Vabadussoja_Ajaloo_Komitee, lk 32
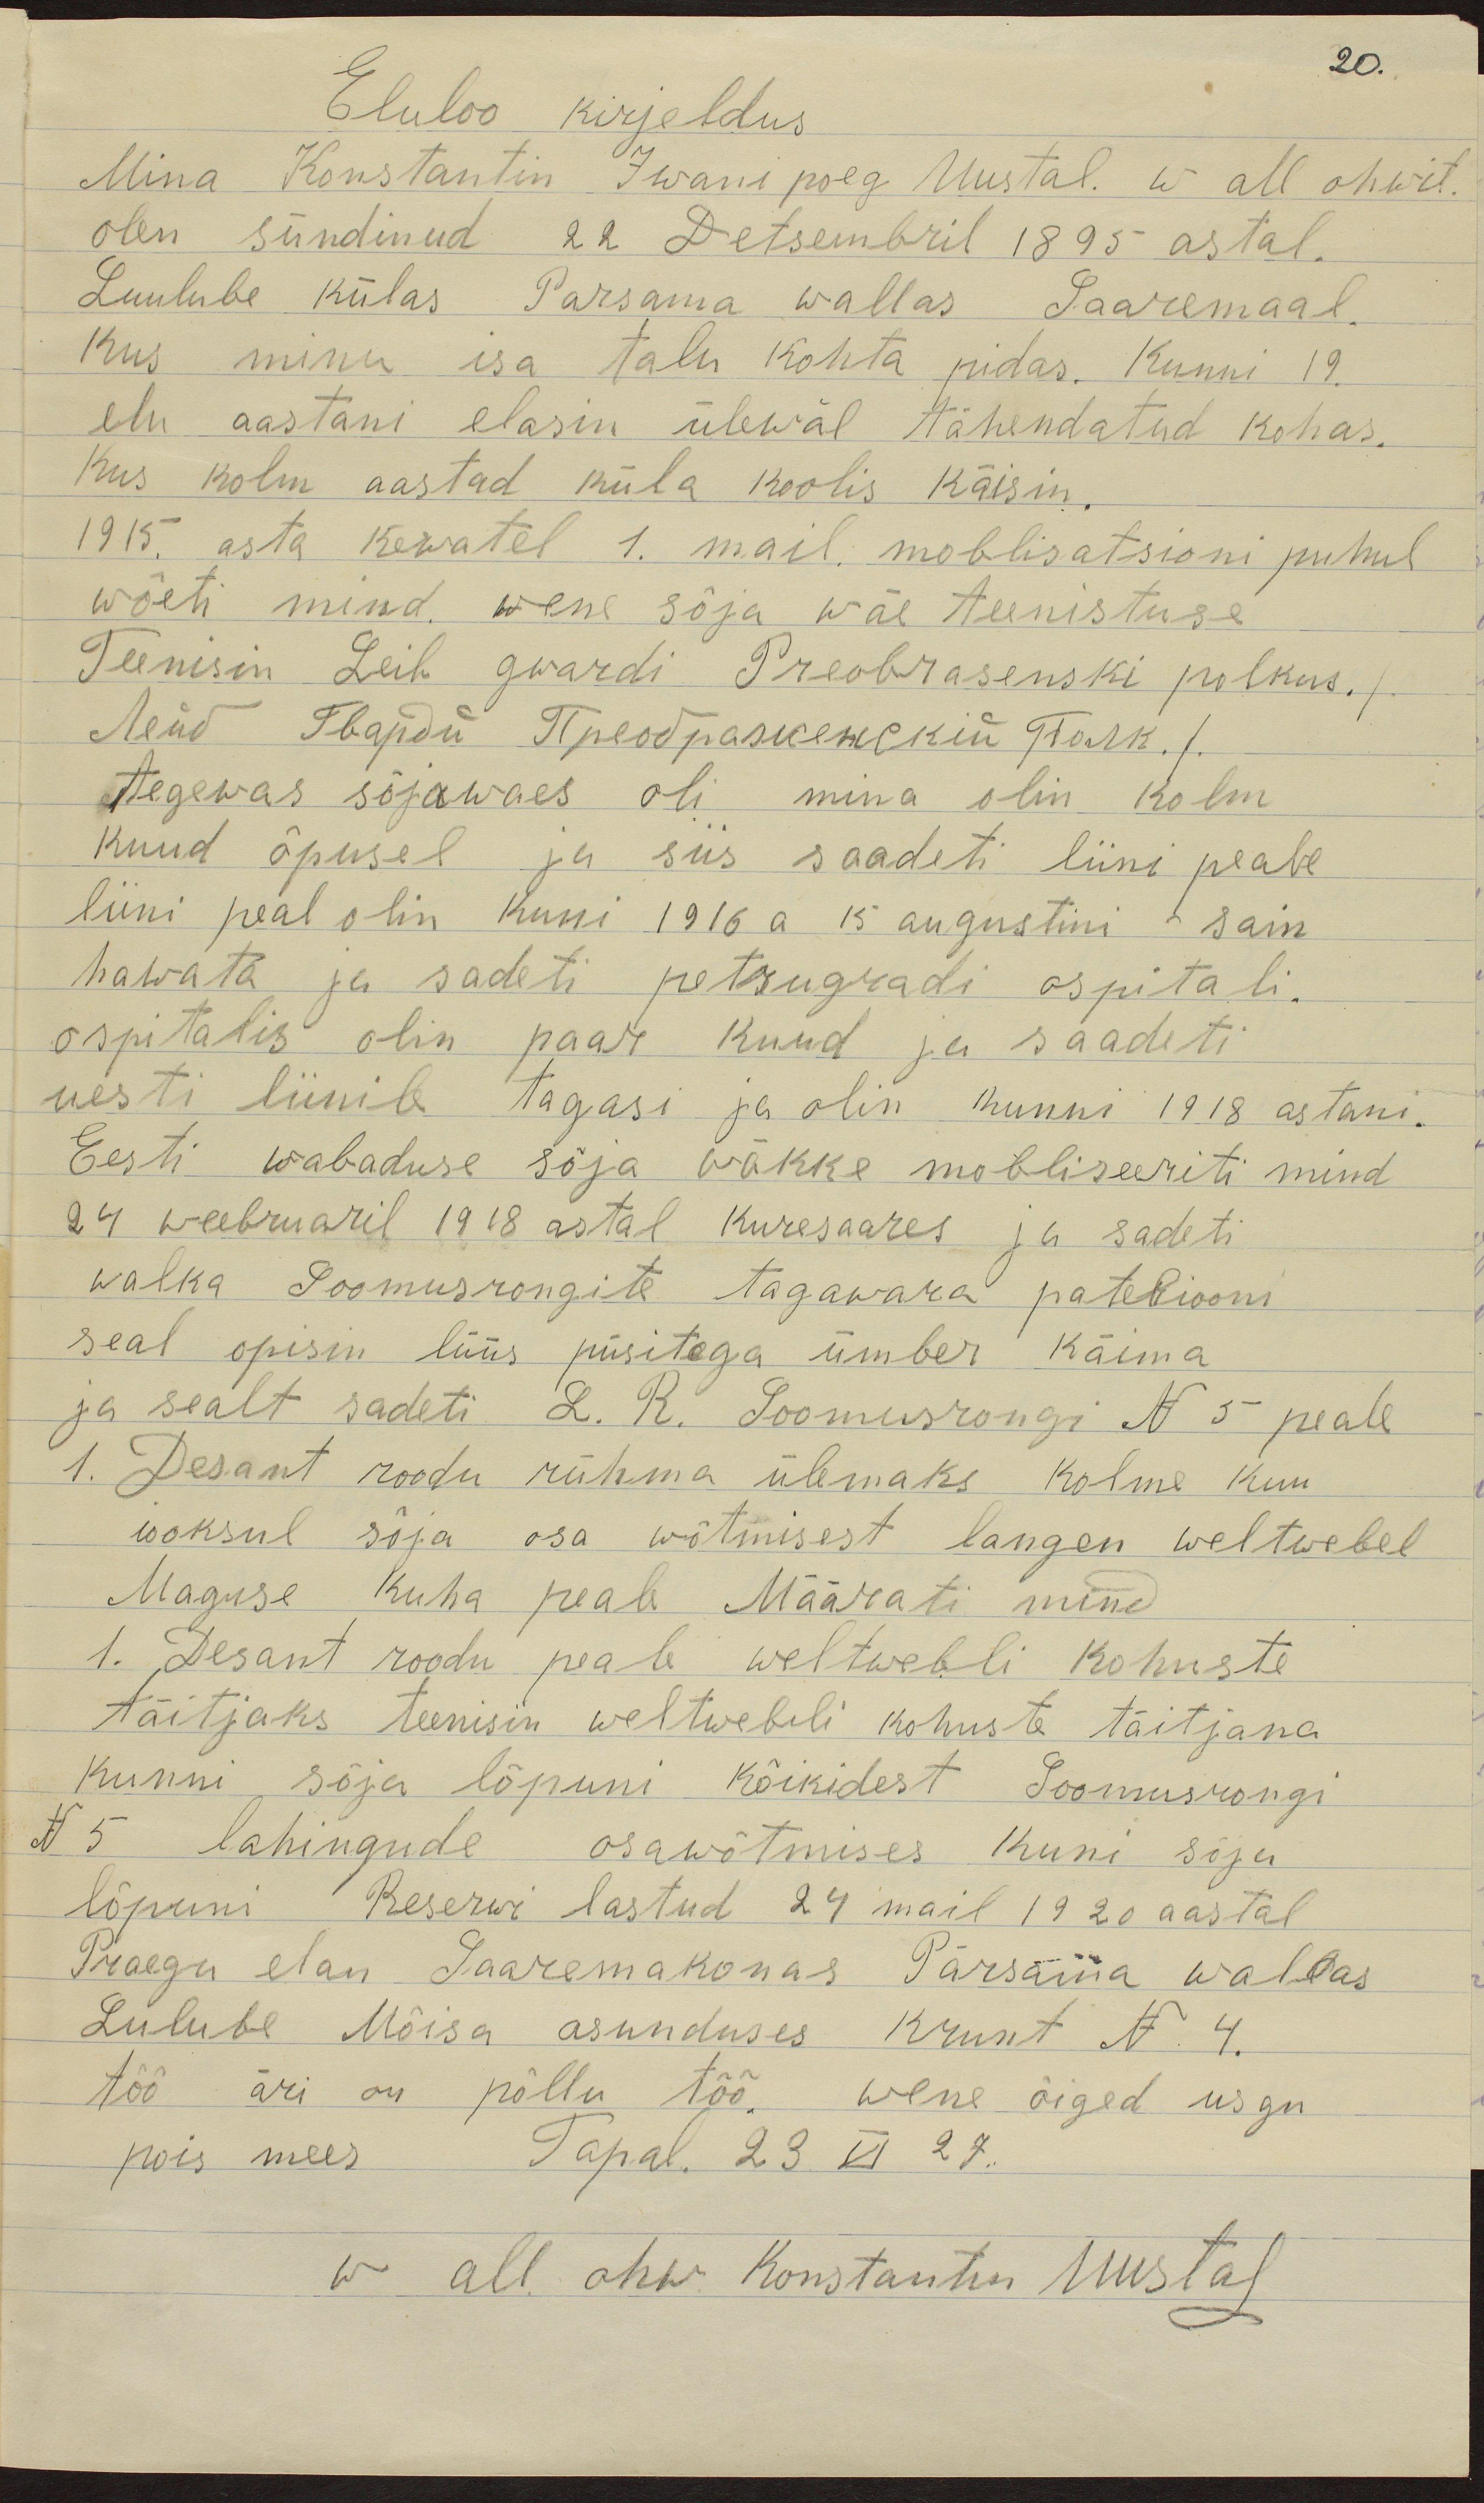
20.
Eluloo kirjeldus.
Mina Konstantin Iwani poeg Uustal. W all ohwit.
olen sündinud 22 Detsembril 1895 astal.
Luulube külas Parsama wallas Saaremaal.
Kus minu isa talu kohta pidas. Kunni 19.
elu aastani elasin ülewal tähendatud kohas.
Kus kolm aastad küla koolis käisin.
1915 asta kewatel 1. mail mobilisatsioni puhul
wõeti mind wene sõja wäe teenistuse
Teenisin Leib gwardi Preobrasenski polkus ./.
Лейб Гвардй Преображенский Полк./.
tegewas sõjawäes oli mina olin kolm
kuud õpusel ja siis saadeti liini peale
liini peal olin kuni 1916 a 15 augustini - sain
hawata ja sadeti petrugradi ospitali.
ospitalis olin paar kuud ja saadeti
uesti liinile tagasi ja olin kunni 1918 aastani.
Eesti wabaduse sõja wäkke mobiliseeriti mind
24 weebruaril 1918 astal Kuresaares ja sadeti
walka Soomusrongite tagawara pateliooni
seal opisin lüüs püsitega ümber käima
ja sealt sadeti L. R. Soomusrongi N 5 peale
1. Desant roodu rühma ülemaks kolme kuu
iooksul sõja osa võtmisest langen weltwebel
Maguse kuha peale. Määrati mind
1- Desant roodu peale weltwebli kohuste
täitjaks teenisin weltwebeli kohuste täitjana
kuni sõja lõpuni kõikidest Soomusrongi
N 5 lahingude osawõtmises kuni sõja
lõpuni Reserwi lastud 24 mail 1920 aastal
Praegu elan Saaremakonas Pärsama wallas
Lulube Mõisa asunduses krunt N 4.
töö äri on põllu töö. wene õiged usgu
pois mees  Tapal 23 VI 27.
w all ohw Konstantin Uustal